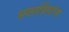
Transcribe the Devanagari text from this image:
भगतसिंगांना